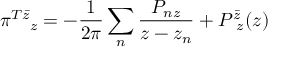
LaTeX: \pi _ { ~ ~ ~ z } ^ { T \bar { z } } = - \frac { 1 } { 2 \pi } \sum _ { n } \frac { P _ { n z } } { z - z _ { n } } + P _ { ~ z } ^ { \bar { z } } ( z )